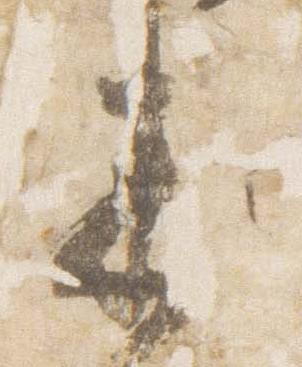
未